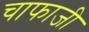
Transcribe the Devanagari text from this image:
चाफाजी